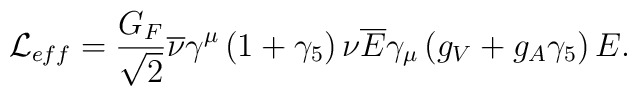
{ \cal L } _{eff}=\frac{G_{F}}{\sqrt{2}}\overline{\nu }\gamma ^{\mu }\left( 1+\gamma _{5}\right) \nu \overline{E}\gamma _{\mu }\left( g_{V}+g_{A}\gamma _{5}\right) E.